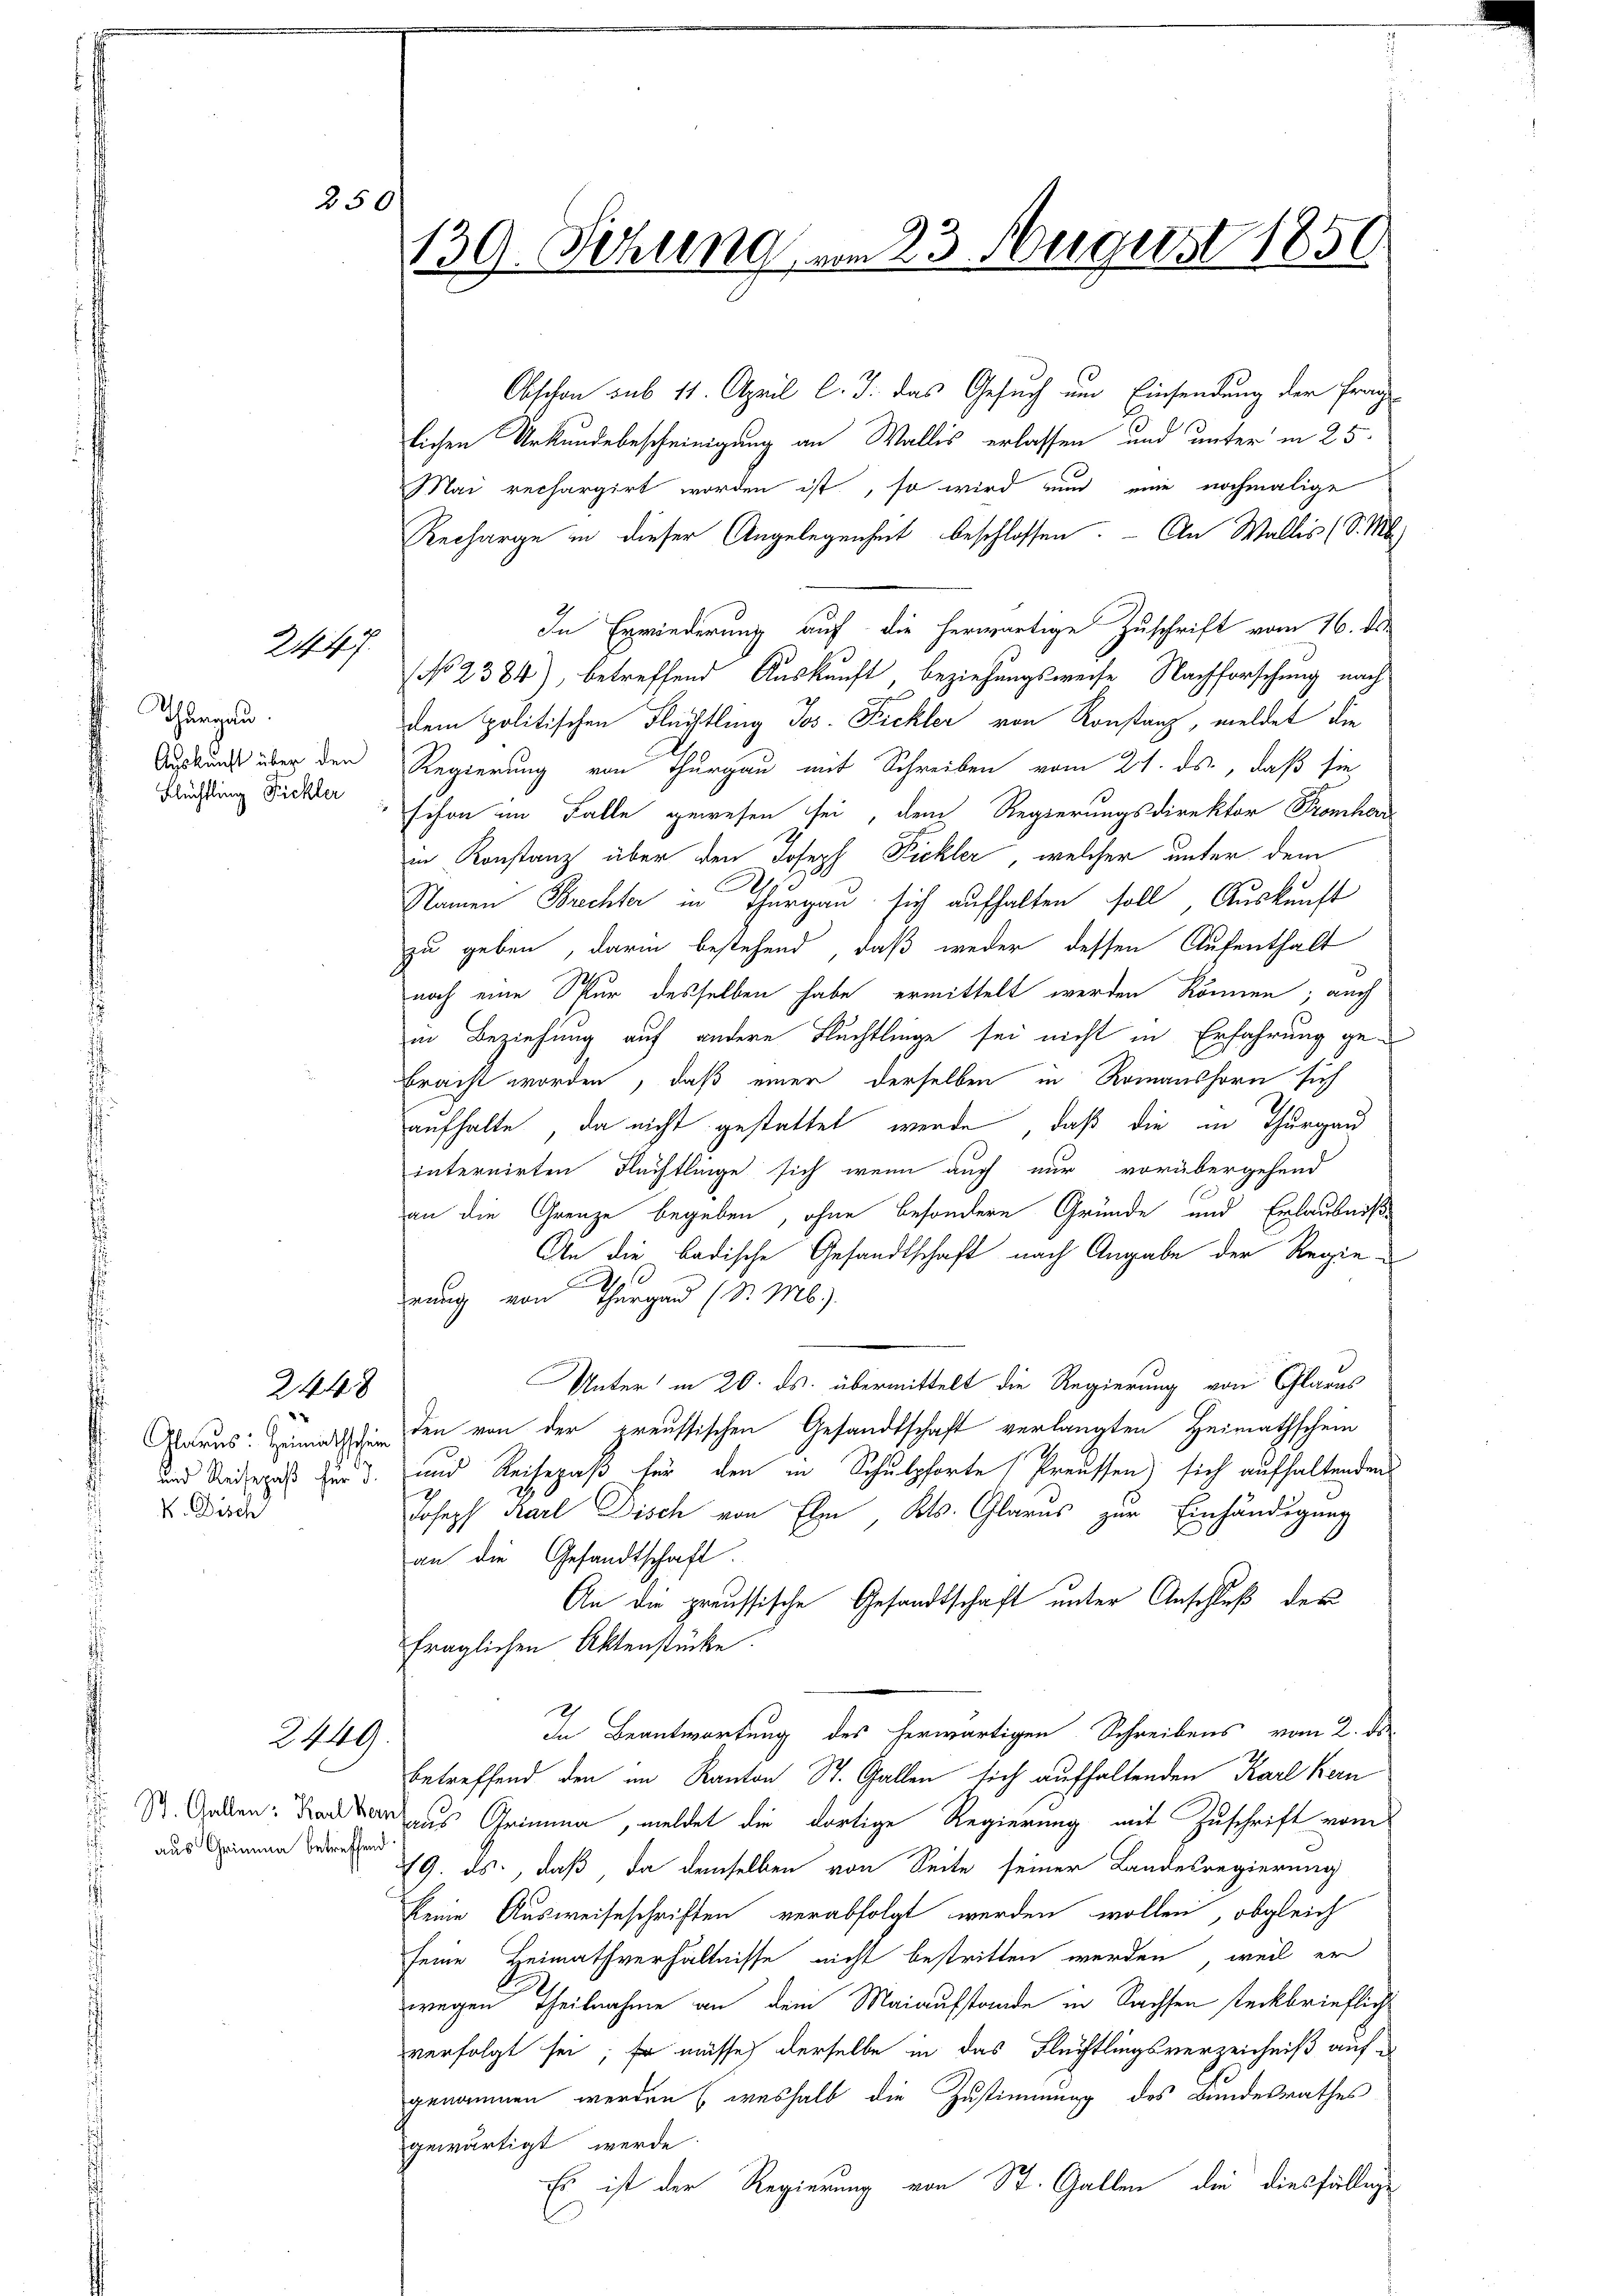
250

2447.

Thurgau.
Flüchtling Fickler

2448

V. Disch

2449.

aus Grimma betreffend

Obschon sub 11. April l. J. das Gesuch um Einsendung der Frag
lichen Urkundebescheinigung an Wallis erlassen und unter in 25
Mai rechargirt worden ist, so wird und eine nochmalige
Recharge in dieser Angelegenheit beschlossen. - An Wallis (S. M
In Erwiederung auf die herwärtige Zuschrift vom 16. ds.
NNo. 2384), betreffend Auskunft, beziehungsweise Nachforschung nach
dem politischen Flüchtling Jos. Fickler von Konstanz, meldet die
Auskunft über der Regierung von Thurgau mit Schreiben vom 21. ds., daß sie
schon im Falle gewesen sei, dem Regierungsdirektor Fromhor
in Konstanz über den Joseph Pickler, welcher unter dem
Namen Brechter in Thurgau sich aufhalten soll, Auskunft
zu geben, darin bestehend, daß weder dessen Aufenthalt
noch eine Spur desselben habe ermittelt werden können; auch
in Beziehung auf andere Fluchtlinge sei nicht in Erfahrung ge-
bracht worden, daß einer derselben in Romanshorn sich
aufhalte, da nicht gestattet werde, daß die in Thurgau
internirten Flüchtlinge sich wenn auch nur vorübergehend
1
an die Grenze begeben, ohne besondere Gründe und Erlaubniße
An die badische Gesandtschaft nach Angabe der Regie-

rung von Thurgau (d. M.)
Unter in 20. ds. übermittelt die Regierung von Glarus
Glarus: Zumuth den von der preussischen Gesandtschaft verlangten Heimathschein
und Anderes für 3. und Reisepaß für den in Schulpforte Preussen sich aufhaltenden
Joseph Karl Disch von Elm, Kts. Glarus zur Einhändigung
an die Gesandtschaft.
An die preussische Gesandtschaft unter Anschluß der
fraglichen Aktenstücke
In Beantwortung des herwärtigen Schreibens vom 2. ds.
betreffend den im Kanton St. Gallen sich aufhaltenden Karl Kern
St. Gallen: daraus Grimma, meldet die dortige Regierung mit Zuschrift vom
19. ds., daß da demselben von Seite seiner Landesregierung
keine Ausweiseschriften verabfolgt werden wollen, obgleich
seine Heimathverhältnisse nicht bestritten werden, weil er
wegen Theilnahme an dem Maiaufstande in Sachsen steckbrieflich
verfolgt sei; Er müsse derselbe in das Flüchtlingsverzeichniß auf d
genommen werden (weshalb die Zustimmung des Bundesrathes
gewärtigt werde
Es ist der Regierung von St. Gallen die diesfällige

139. Sitzung vom 23. August 1850